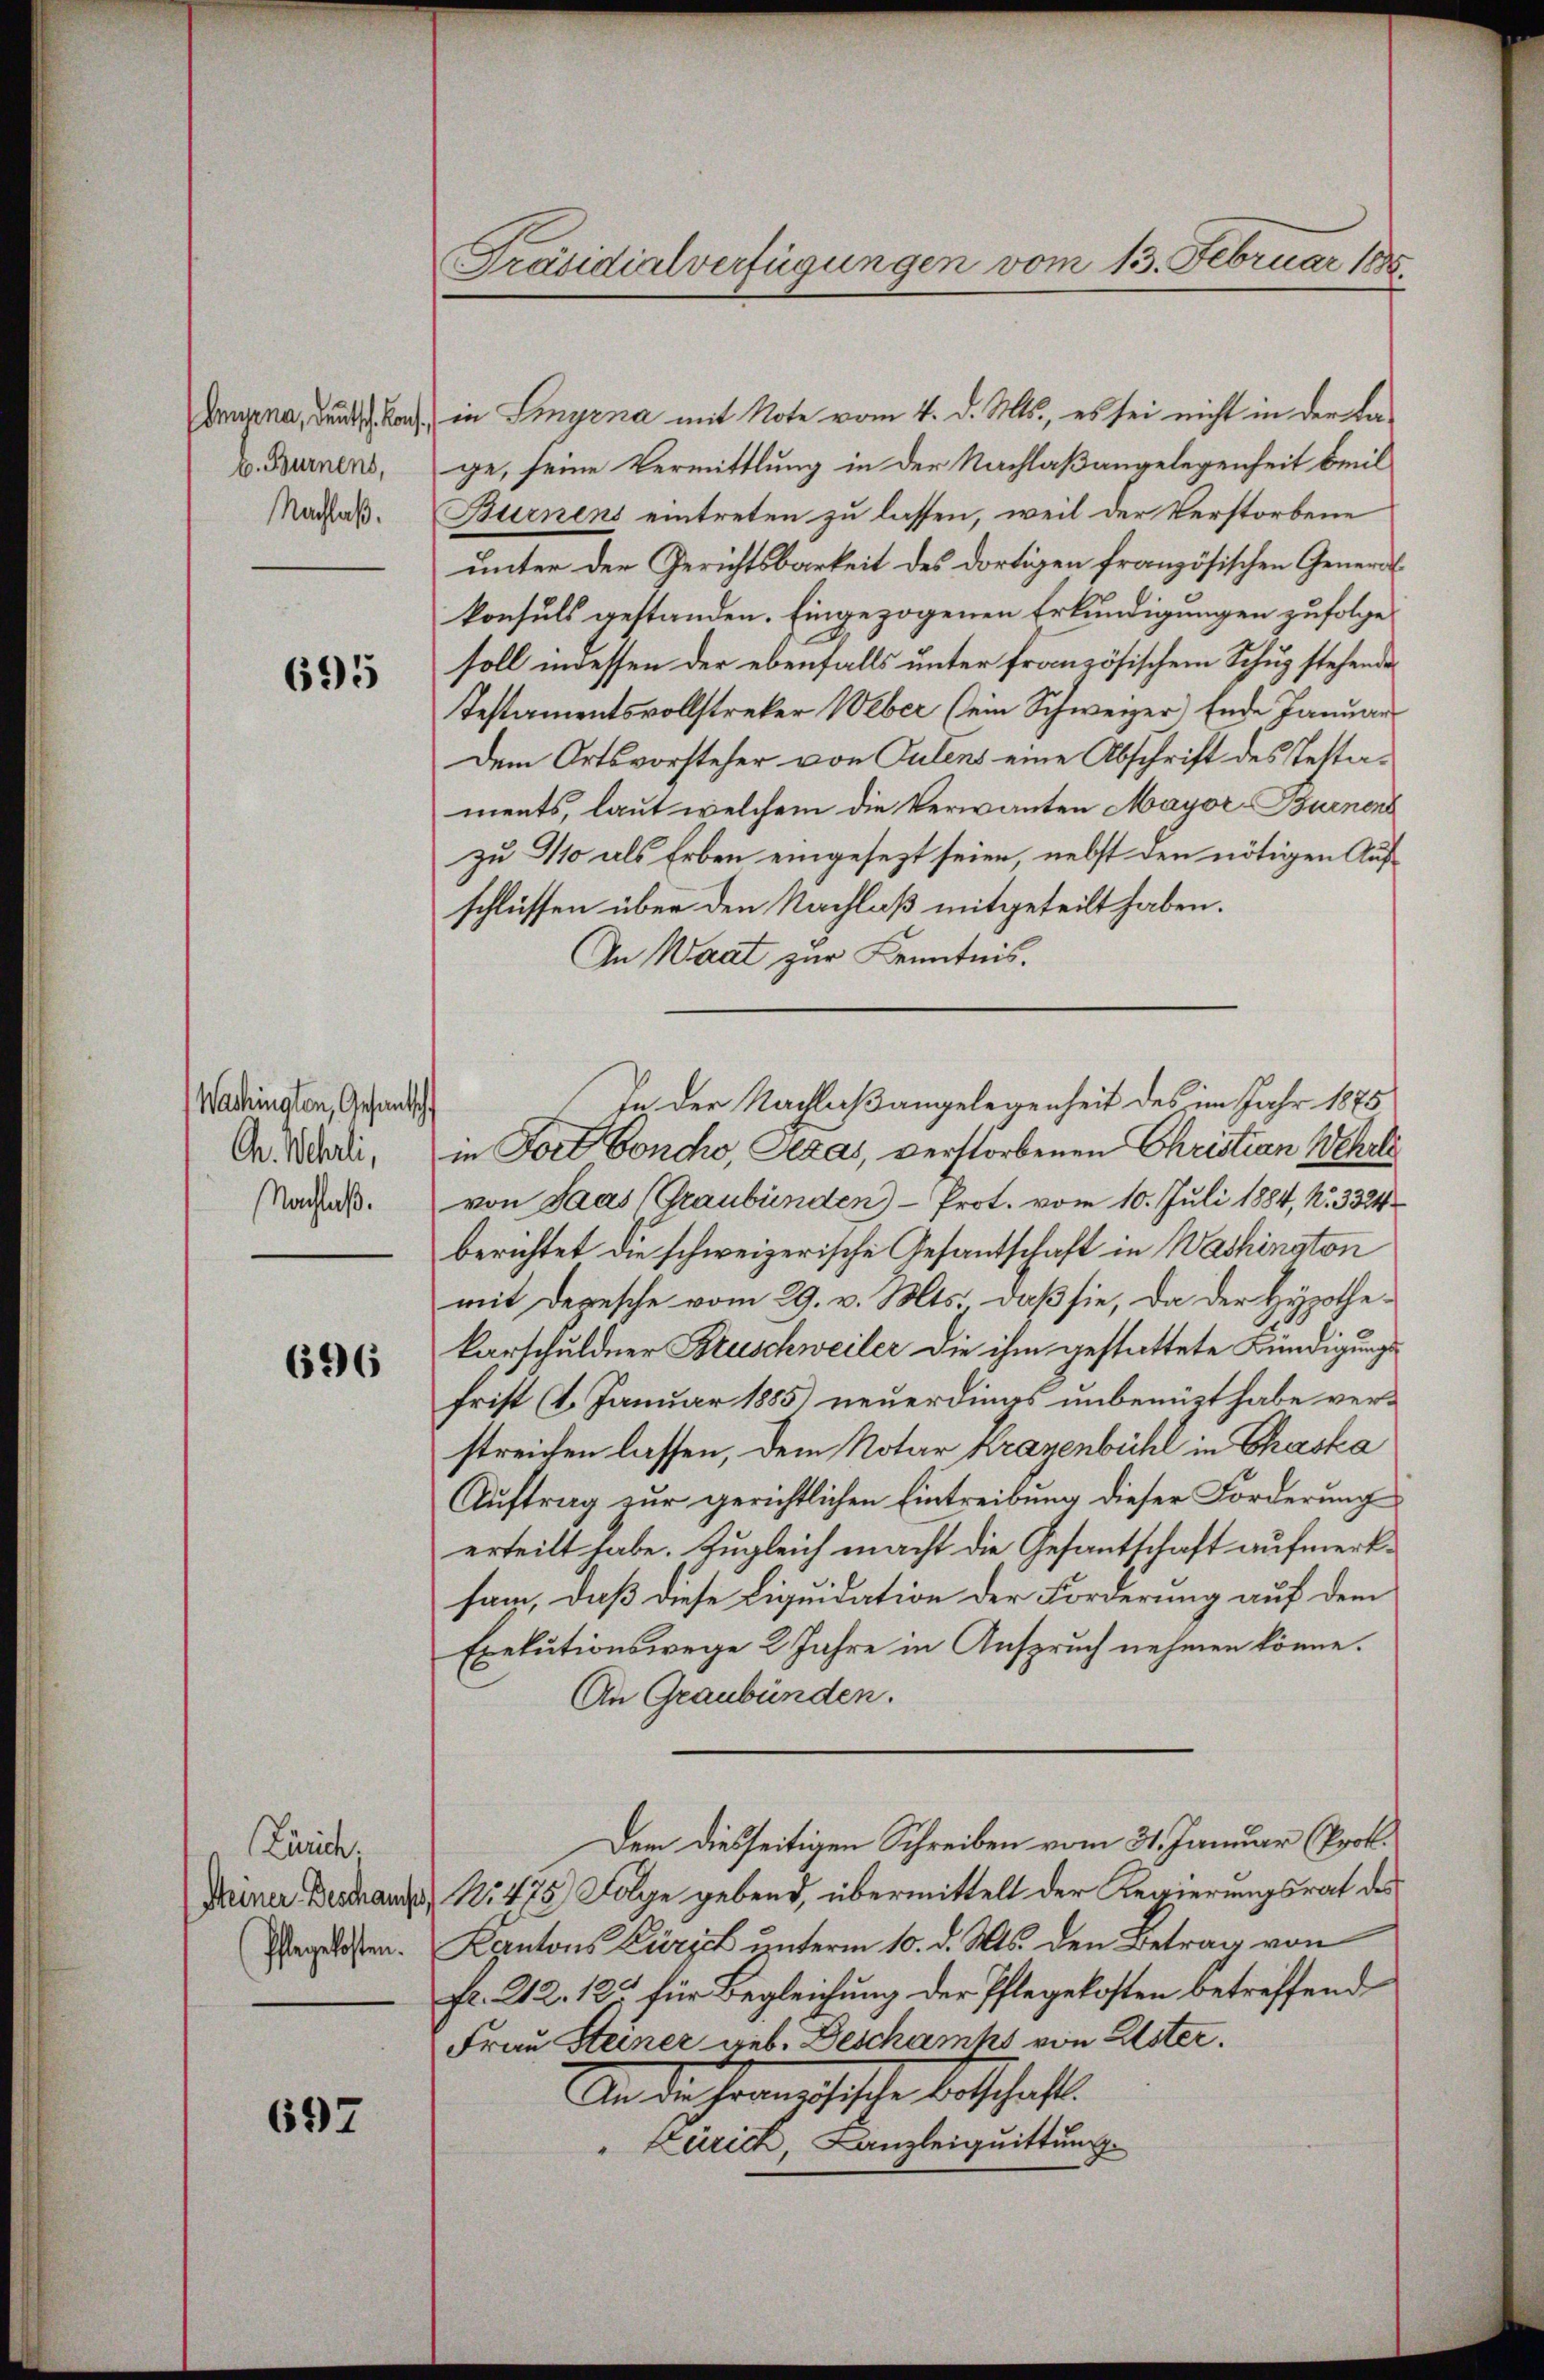
Daupena, deutsch kon
v. Burnens,
Nachlaß.

695

Wachington, Gesantsch
Chr. Wehrli,
Nachlaß.

696

Zürich.
Pflegekosten.

697

Präsidialverfügungen vom 13. Februar 1885

in Smyrna mit Note vom 4. d. Mts., es sei nicht in der Ka-
ge, seine Vermittlung in der Nachlaßangelegenheit beeil
Burnens eintreten zu lassen, weil der Verstorbene
unter der Gerichtsbarkeit des dortigen französischen Generalkonsuls gestanden. Eingezogenen Erkundigungen zufolge
soll indessen der ebenfalls unter französischem Schug stehende
Testamentsvollstreker Weber (ein Schweizer) Ende Januar
Dem Ortsvorsteher von Pulens eine Abschrift des Testaments, laut welchem die Verwanten Mayor-Burnend
zu 910 als Erben eingesezt seien, nebst den nötigen Aufschlüssen über den Nachlaß mitgeteilt haben.
In Waat zur Kenntnis.
in Fort Concho, Texas, verstorbenen Christian Wehrli
von Saas (Graubünden Prot. vom 10. Juli 1884, N. 3324
berichtet die schweizerische Gesantschaft in Washinston
mit Depesche vom 29. v. Mts. daß sie, da der Hypothekarschuldner Brüschweiler die ihm gestattete Kündigungsfrist (1. Januar 1885) neuerdings unbenützt habe verstreichen lassen, dem Notar Kragenbühl in Chaska
Auftrag zur gerichtlichen Eintreibung dieser Forderung
erteilt habe. Zugleich macht die Gesantschaft aufmerksam, daß diese Liquidation der Forderung auf dem
Exekutionswege 2 Jahre in Anspruch nehmen könne.
An Graubünden.
Dem diesseitigen Schreiben vom 31. Januar (Prok.
Miner Berdrang 1475) Folge gebend, übermittelt der Regierungsrat des
Kantons Zürich unterm 10. d. Mts. den Betrag von
fr. 212. 125 für Begleichung der Pflegekosten betreffende
Frau Steiner geb. Beschanks von Uster.
An die herrschische entschaft.
" Zürich, Canzleiquittung

In der Nachlaßangelegenheit des im Jahr 1875.